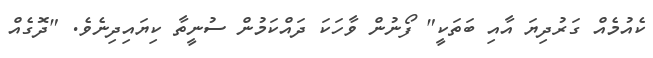
ކެއުމެއް ގަރުދިޔަ އާއި ބަތަކީ" ފޯނުން ވާހަކަ ދައްކަމުން ސުނީތާ ކިޔައިދިނެވެ. "ދޮގެއް